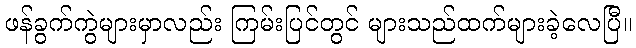
ဖန်ခွက်ကွဲများမှာလည်း ကြမ်းပြင်တွင် များသည်ထက်များခဲ့လေပြီ။